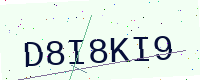
Text: D8I8KI9